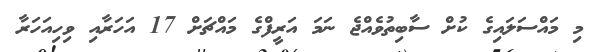
މި މައްސަލައިގެ ކުށް ސާބިތުވެއްޖެ ނަމަ އަރީފްގެ މައްޗަށް 17 އަހަރާއި ވިހިއަހަރާ